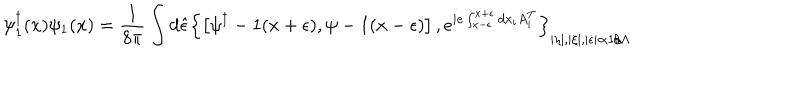
\psi _ { 1 } ^ { \dagger } ( x ) \psi _ { 1 } ( x ) = \frac { 1 } { 8 \pi } \int d \hat { \epsilon } \left\{ \left[ \psi ^ { \dagger } - 1 ( x + \epsilon ) , \psi - 1 ( x - \epsilon ) \right] , e ^ { i e \int _ { x - \epsilon } ^ { x + \epsilon } d x _ { i } A _ { i } ^ { T } } \right\} _ { | \eta | , | \xi | , | \epsilon | \propto 1 / \Lambda }